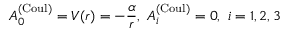
A _ { 0 } ^ { ( \mathrm { C o u l } ) } = V ( r ) = - \frac \alpha r , \ A _ { i } ^ { ( \mathrm { C o u l } ) } = 0 , \ i = 1 , 2 , 3